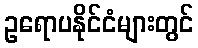
ဥရောပနိုင်ငံများတွင်